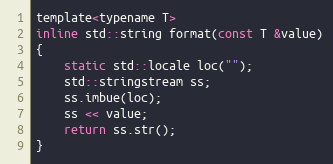
Language: C
template<typename T>
inline std::string format(const T &value)
{
    static std::locale loc("");
    std::stringstream ss;
    ss.imbue(loc);
    ss << value;
    return ss.str();
}